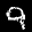
Label: 9